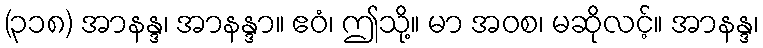
(၃၁၈) အာနန္ဒ၊ အာနန္ဒာ။ ဧဝံ၊ ဤသို့။ မာ အဝစ၊ မဆိုလင့်။ အာနန္ဒ၊